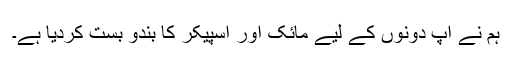
ہم نے آپ دونوں کے لیے مائک اور اسپیکر کا بندو بست کردیا ہے۔